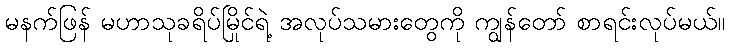
မနက်ဖြန် မဟာသုခရိပ်မြိုင်ရဲ့ အလုပ်သမားတွေကို ကျွန်တော် စာရင်းလုပ်မယ်။